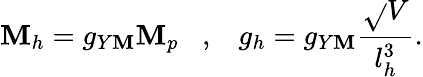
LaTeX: \mathbf{M}_{h}=g_{Y\mathbf{M}}\mathbf{M}_{p}\; \; \; ,\; \; \; g_{h}=g_{Y\mathbf{M}}\frac{{\sqrt{}{{V}}}}{{l_{h}^{3}}}.